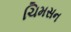
ચિમસન